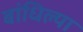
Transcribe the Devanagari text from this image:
बांधिल्या